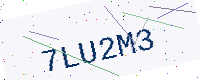
Text: 7LU2M3